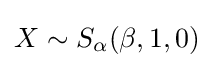
X\sim S_{\alpha }(\beta ,1,0)